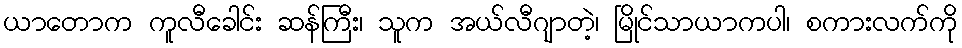
ယာတောက ကူလီခေါင်း ဆန်ကြီး၊ သူက အယ်လီဂျာတဲ့၊ မြိုင်သာယာကပါ၊ စကားလက်ကို